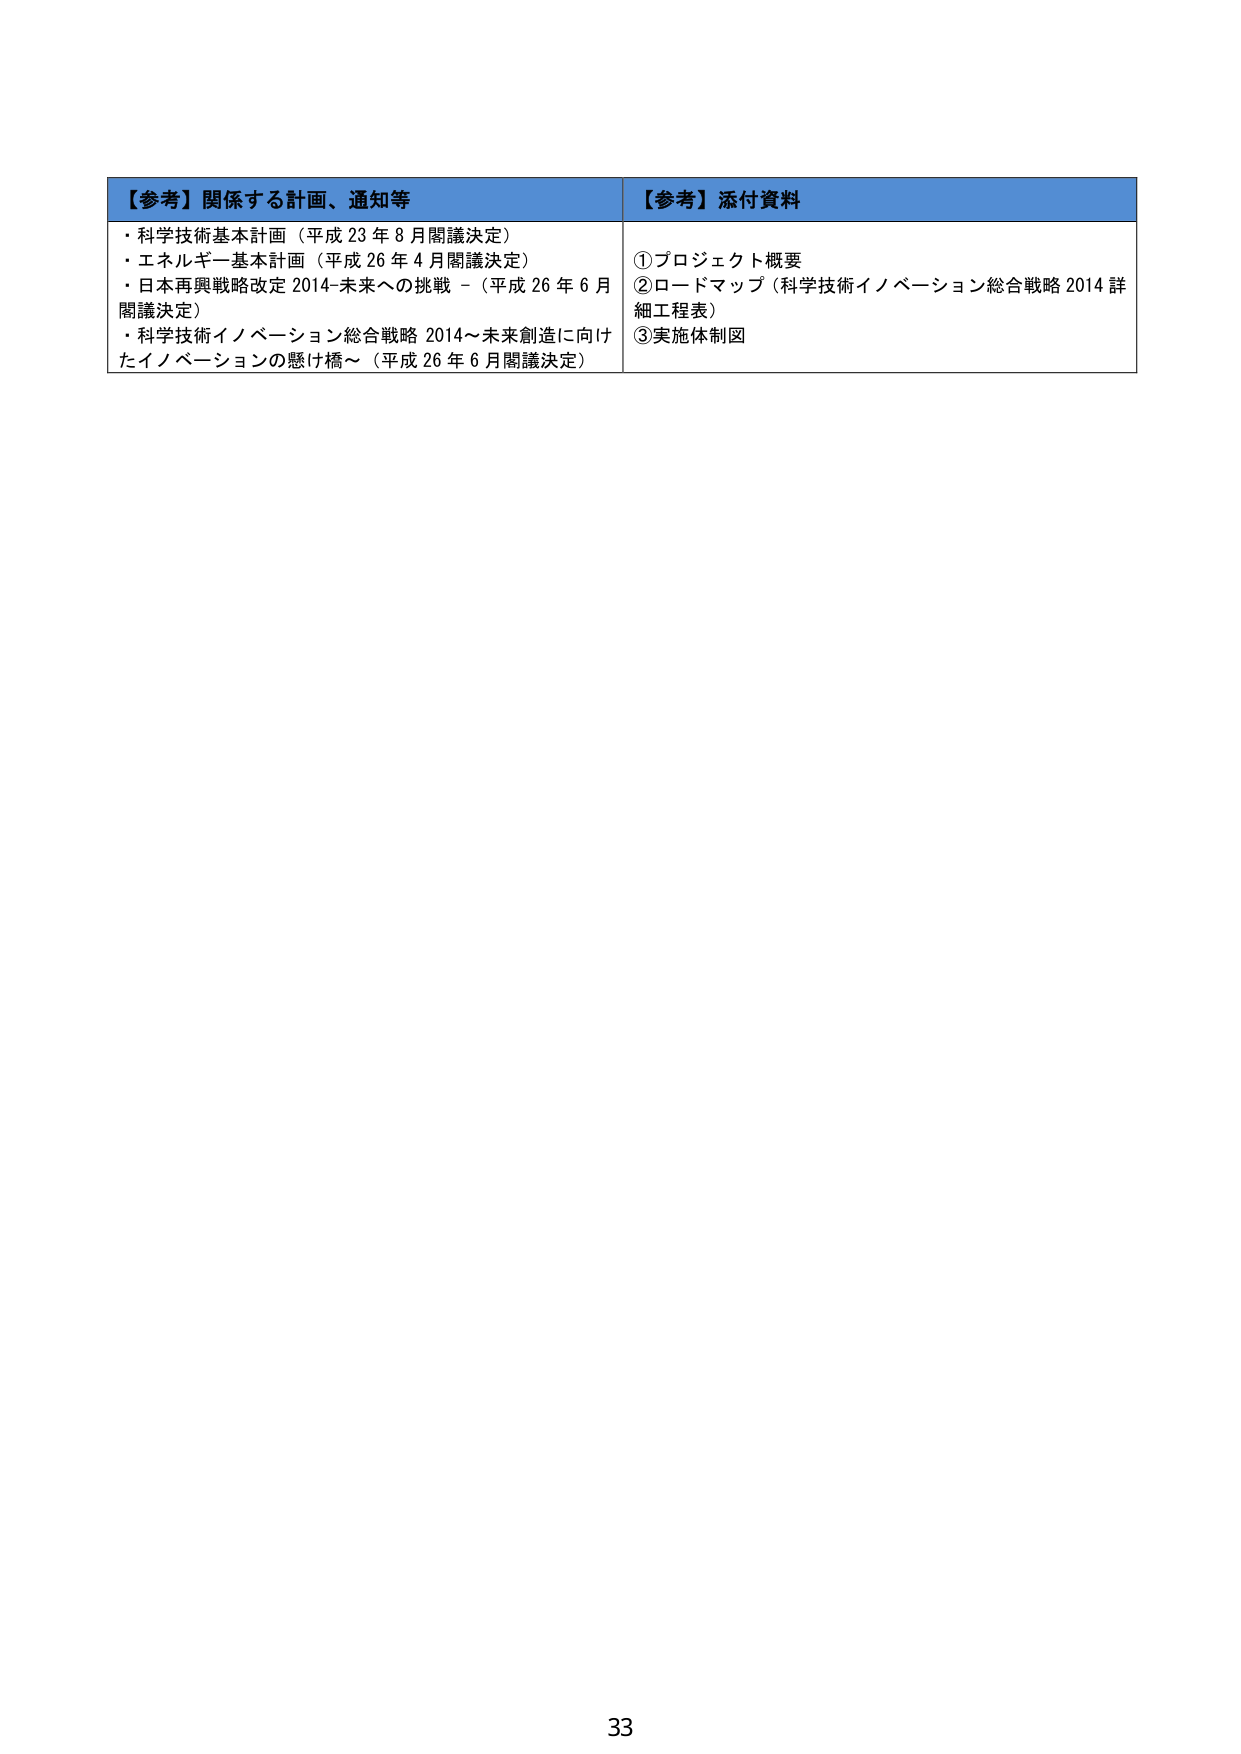
【参考】関係する計画、通知等
・科学技術基本計画（平成23年8月閣議決定）
・エネルギー基本計画（平成26年4月閣議決定）
・日本再興戦略改定2014-未来への挑戦-（平成26年6月閣議決定）
・科学技術イノベーション総合戦略2014～未来創造に向けたイノベーションの懸け橋～（平成26年6月閣議決定）

【参考】添付資料
①プロジェクト概要
②ロードマップ（科学技術イノベーション総合戦略2014詳細工程表）
③実施体制図

33